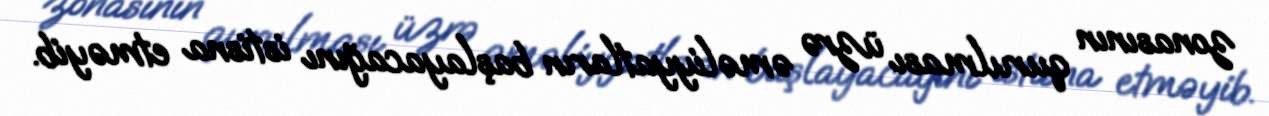
zonasının qurulması üzrə əməliyyatların başlayacağını istisna etməyib.